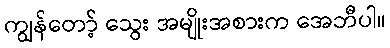
ကျွန်တော့် သွေး အမျိုးအစားက အေဘီပါ။